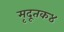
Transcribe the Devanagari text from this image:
मृदूतक४